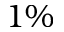
1 \%